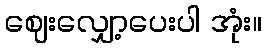
ဈေးလျှော့ပေးပါ အုံး။